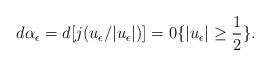
LaTeX: \begin{align*}d\alpha_{\epsilon}=d[j(u_{\epsilon}/|u_{\epsilon}|)]=0\{|u_{\epsilon}|\geq \frac{1}{2}\}.\end{align*}